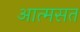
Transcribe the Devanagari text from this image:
आत्मसत